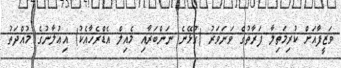
ވަޒީފާއަށް ކުރިމަތިލާ ފަރާތުގެ ވަނަވަރު (ގުޅޭނެ ނަންބަރާއި މެއިލް އެޑްރެހާއެކު) އިޢުލާނުގެ މުއްދަތު